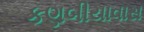
કણબીયાવાસ